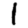
Digit: 1